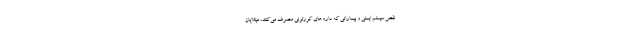
نقص سیستم ایمنی و بیمارانی که داروهای کورتونی مصرف می‌کنند، مبتلایان